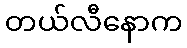
တယ်လီနောက